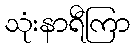
သုံးနာရီကြာ